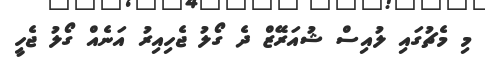
މި މެޗުގައި ލުއިސް ޝުއަރޭޒް ދެ ގޯލު ޖެހިއިރު އަނެއް ގޯލު ޖެހީ